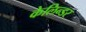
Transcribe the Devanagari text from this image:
केलिन्डर